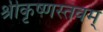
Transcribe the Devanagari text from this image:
श्रीकृष्णस्तवम्